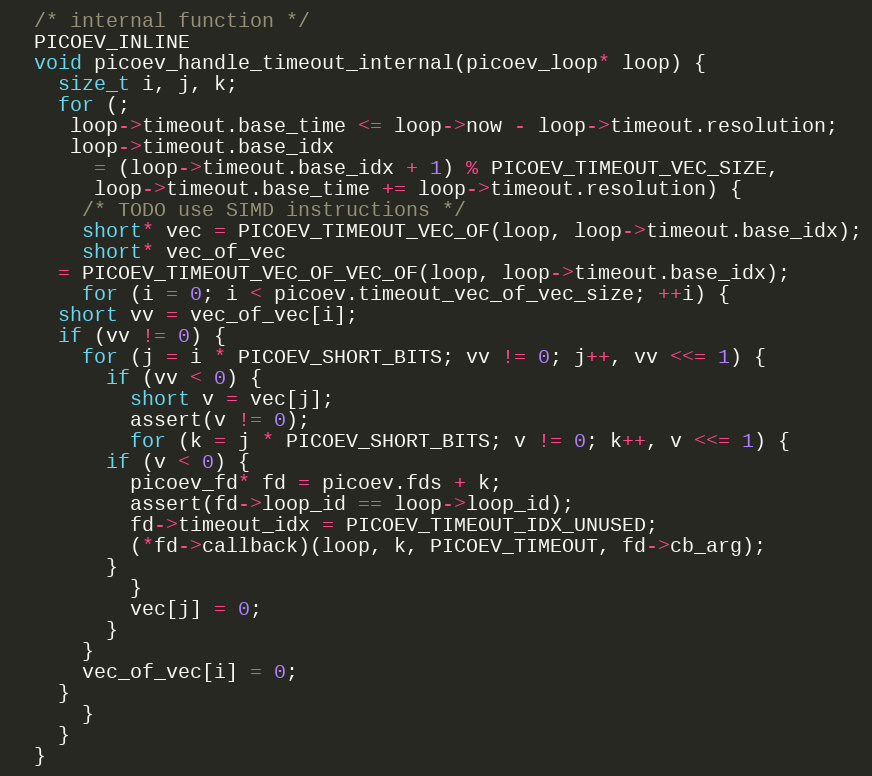
Language: C
  /* internal function */
  PICOEV_INLINE
  void picoev_handle_timeout_internal(picoev_loop* loop) {
    size_t i, j, k;
    for (;
	 loop->timeout.base_time <= loop->now - loop->timeout.resolution;
	 loop->timeout.base_idx
	   = (loop->timeout.base_idx + 1) % PICOEV_TIMEOUT_VEC_SIZE,
	   loop->timeout.base_time += loop->timeout.resolution) {
      /* TODO use SIMD instructions */
      short* vec = PICOEV_TIMEOUT_VEC_OF(loop, loop->timeout.base_idx);
      short* vec_of_vec
	= PICOEV_TIMEOUT_VEC_OF_VEC_OF(loop, loop->timeout.base_idx);
      for (i = 0; i < picoev.timeout_vec_of_vec_size; ++i) {
	short vv = vec_of_vec[i];
	if (vv != 0) {
	  for (j = i * PICOEV_SHORT_BITS; vv != 0; j++, vv <<= 1) {
	    if (vv < 0) {
	      short v = vec[j];
	      assert(v != 0);
	      for (k = j * PICOEV_SHORT_BITS; v != 0; k++, v <<= 1) {
		if (v < 0) {
		  picoev_fd* fd = picoev.fds + k;
		  assert(fd->loop_id == loop->loop_id);
		  fd->timeout_idx = PICOEV_TIMEOUT_IDX_UNUSED;
		  (*fd->callback)(loop, k, PICOEV_TIMEOUT, fd->cb_arg);
		}
	      }
	      vec[j] = 0;
	    }
	  }
	  vec_of_vec[i] = 0;
	}
      }
    }
  }